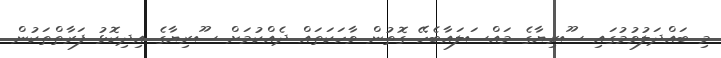
މި ބައްދަލުވުމުގައި ސޫރިޔާގެ މައްސަލައާބެހޭ ގޮތުން ވާހަކަތައް ދެއްކުމަށް ސޫރިޔާގެ އިދިކޮޅު ފަރާތްތަކުން